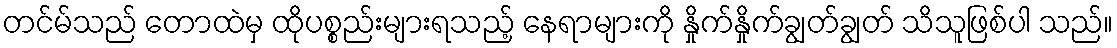
တင်မ်သည် တောထဲမှ ထိုပစ္စည်းများရသည့် နေရာများကို နှိုက်နှိုက်ချွတ်ချွတ် သိသူဖြစ်ပါ သည်။